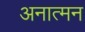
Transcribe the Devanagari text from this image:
अनात्मन